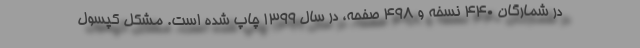
در شمارگان ۴۴۰ نسخه و ۴۹۸ صفحه، در سال ۱۳۹۹ چاپ شده است. مشکل کپسول